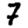
Digit: 7